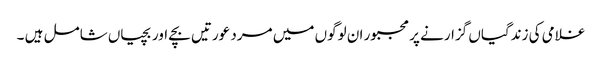
غلامی کی زندگیاں گزارنے پر مجبور ان لوگوں میں مرد عورتیں بچے اور بچیاں شامل ہیں ۔